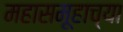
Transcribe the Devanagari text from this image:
महासमूहाच्या